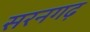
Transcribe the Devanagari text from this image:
सरनगढ़